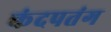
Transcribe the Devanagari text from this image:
कंदपतंग